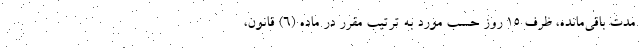
مدت باقی‌مانده، ظرف ۱۵ روز حسب مورد به ترتیب مقرر در ماده (۶) قانون،